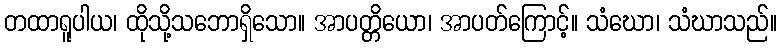
တထာရူပါယ၊ ထိုသို့သဘောရှိသော။ အာပတ္တိယော၊ အာပတ်ကြောင့်။ သံဃော၊ သံဃာသည်။